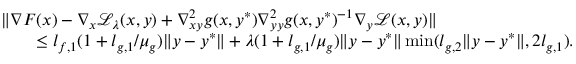
\begin{array} { r l } & { \| \nabla F ( x ) - \nabla _ { x } \mathcal { L } _ { \lambda } ( x , y ) + \nabla _ { x y } ^ { 2 } g ( x , y ^ { * } ) \nabla _ { y y } ^ { 2 } g ( x , y ^ { * } ) ^ { - 1 } \nabla _ { y } \mathcal { L } ( x , y ) \| } \\ & { \qquad \le l _ { f , 1 } ( 1 + l _ { g , 1 } / \mu _ { g } ) \| y - y ^ { * } \| + \lambda ( 1 + l _ { g , 1 } / \mu _ { g } ) \| y - y ^ { * } \| \operatorname* { m i n } ( l _ { g , 2 } \| y - y ^ { * } \| , 2 l _ { g , 1 } ) . } \end{array}